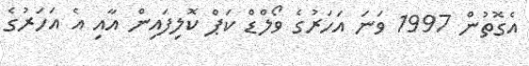
އެގޮތުން 1997 ވަނަ އަހަރުގެ ވޯލްޑް ކަޕް ކޮލިފައިން އާއި އެ އަހަރުގެ